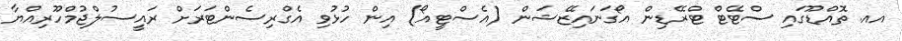
އއ. ތޮއްޑޫގައި ސްޓޭޓް ޓްރޭޑިން އޯގަނައިޒޭޝަން (އެސްޓީއޯ) އިން ހުޅުވި އެގްރިސެންޓަރަށް ރައީސުލްޖުމްހޫރިއްޔާ